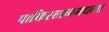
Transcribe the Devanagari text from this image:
पाकिस्तानमधला